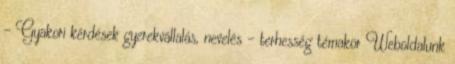
- Gyakori kérdések gyerekvállalás, nevelés - terhesség témakör Weboldalunk